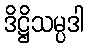
ဒိဋ္ဌိသမ္ပဒါ